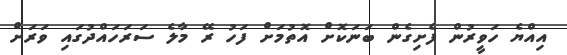
އިއްޔެ ހަވީރުން ފެށިގެން ބަނަކޮށް އޮތުމަށް ފަހު ރޭ މާލެ ސަރަހައްދުގައި ވަރަށް